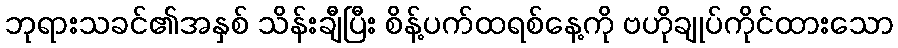
ဘုရားသခင်၏အနှစ် သိန်းချီပြီး စိန့်ပက်ထရစ်နေ့ကို ဗဟိုချုပ်ကိုင်ထားသော